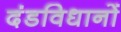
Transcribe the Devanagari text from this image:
दंडविधानों